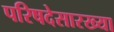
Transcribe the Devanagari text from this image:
परिषदेसारख्या